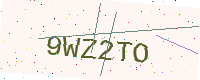
Text: 9WZ2TO